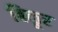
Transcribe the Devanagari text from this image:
बिळूर